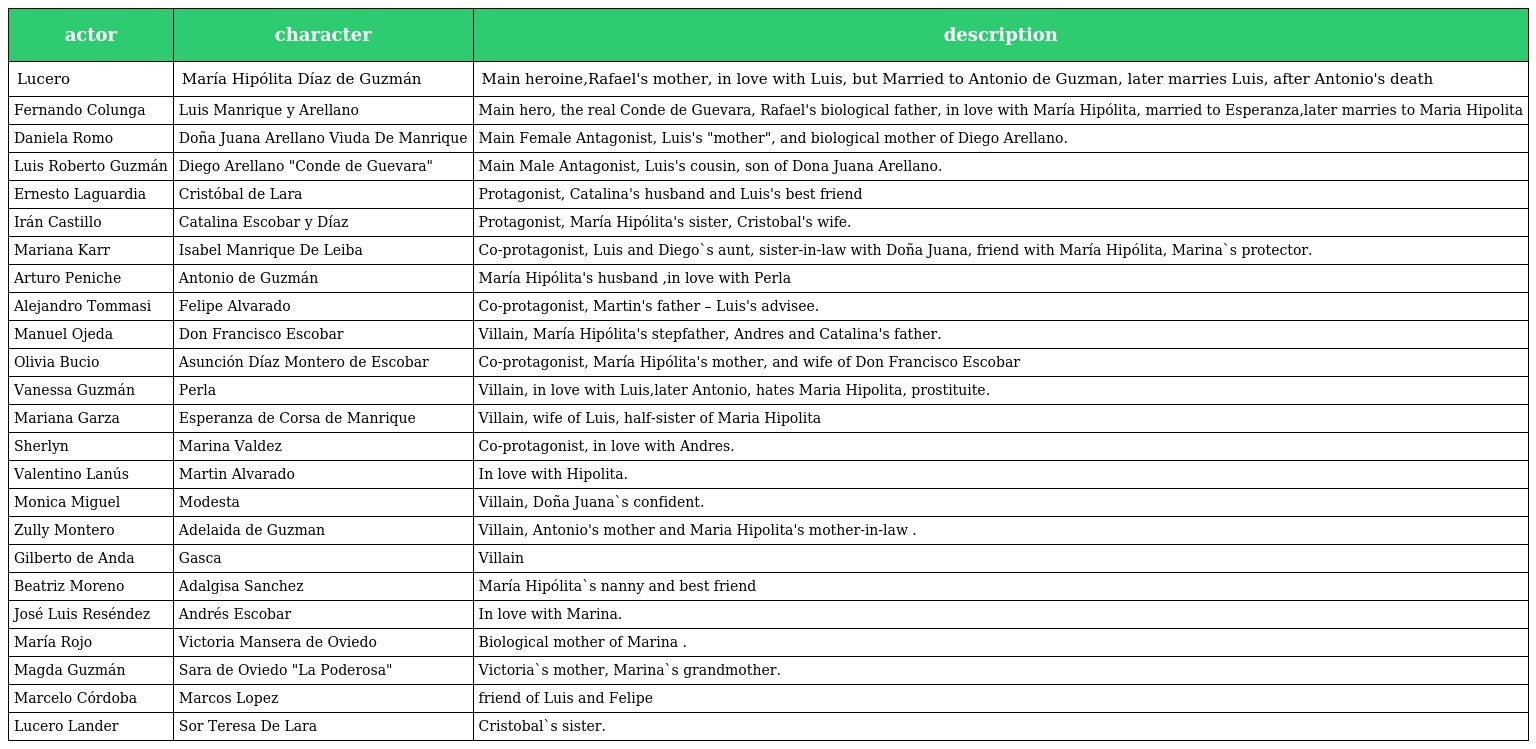
| actor | character | description |
 | --- | --- | --- |
 | Lucero | María Hipólita Díaz de Guzmán | Main heroine,Rafael's mother, in love with Luis, but Married to Antonio de Guzman, later marries Luis, after Antonio's death |
 | Fernando Colunga | Luis Manrique y Arellano | Main hero, the real Conde de Guevara, Rafael's biological father, in love with María Hipólita, married to Esperanza,later marries to Maria Hipolita |
 | Daniela Romo | Doña Juana Arellano Viuda De Manrique | Main Female Antagonist, Luis's "mother", and biological mother of Diego Arellano. |
 | Luis Roberto Guzmán | Diego Arellano "Conde de Guevara" | Main Male Antagonist, Luis's cousin, son of Dona Juana Arellano. |
 | Ernesto Laguardia | Cristóbal de Lara | Protagonist, Catalina's husband and Luis's best friend |
 | Irán Castillo | Catalina Escobar y Díaz | Protagonist, María Hipólita's sister, Cristobal's wife. |
 | Mariana Karr | Isabel Manrique De Leiba | Co-protagonist, Luis and Diego`s aunt, sister-in-law with Doña Juana, friend with María Hipólita, Marina`s protector. |
 | Arturo Peniche | Antonio de Guzmán | María Hipólita's husband ,in love with Perla |
 | Alejandro Tommasi | Felipe Alvarado | Co-protagonist, Martin's father – Luis's advisee. |
 | Manuel Ojeda | Don Francisco Escobar | Villain, María Hipólita's stepfather, Andres and Catalina's father. |
 | Olivia Bucio | Asunción Díaz Montero de Escobar | Co-protagonist, María Hipólita's mother, and wife of Don Francisco Escobar |
 | Vanessa Guzmán | Perla | Villain, in love with Luis,later Antonio, hates Maria Hipolita, prostituite. |
 | Mariana Garza | Esperanza de Corsa de Manrique | Villain, wife of Luis, half-sister of Maria Hipolita |
 | Sherlyn | Marina Valdez | Co-protagonist, in love with Andres. |
 | Valentino Lanús | Martin Alvarado | In love with Hipolita. |
 | Monica Miguel | Modesta | Villain, Doña Juana`s confident. |
 | Zully Montero | Adelaida de Guzman | Villain, Antonio's mother and Maria Hipolita's mother-in-law . |
 | Gilberto de Anda | Gasca | Villain |
 | Beatriz Moreno | Adalgisa Sanchez | María Hipólita`s nanny and best friend |
 | José Luis Reséndez | Andrés Escobar | In love with Marina. |
 | María Rojo | Victoria Mansera de Oviedo | Biological mother of Marina . |
 | Magda Guzmán | Sara de Oviedo "La Poderosa" | Victoria`s mother, Marina`s grandmother. |
 | Marcelo Córdoba | Marcos Lopez | friend of Luis and Felipe |
 | Lucero Lander | Sor Teresa De Lara | Cristobal`s sister. |